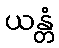
ယန္တံ